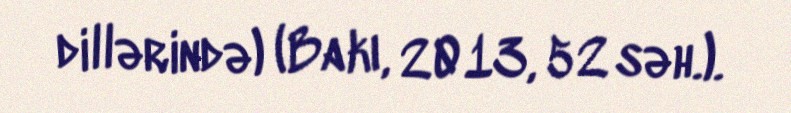
dillərində) (Bakı, 2013, 52 səh.).